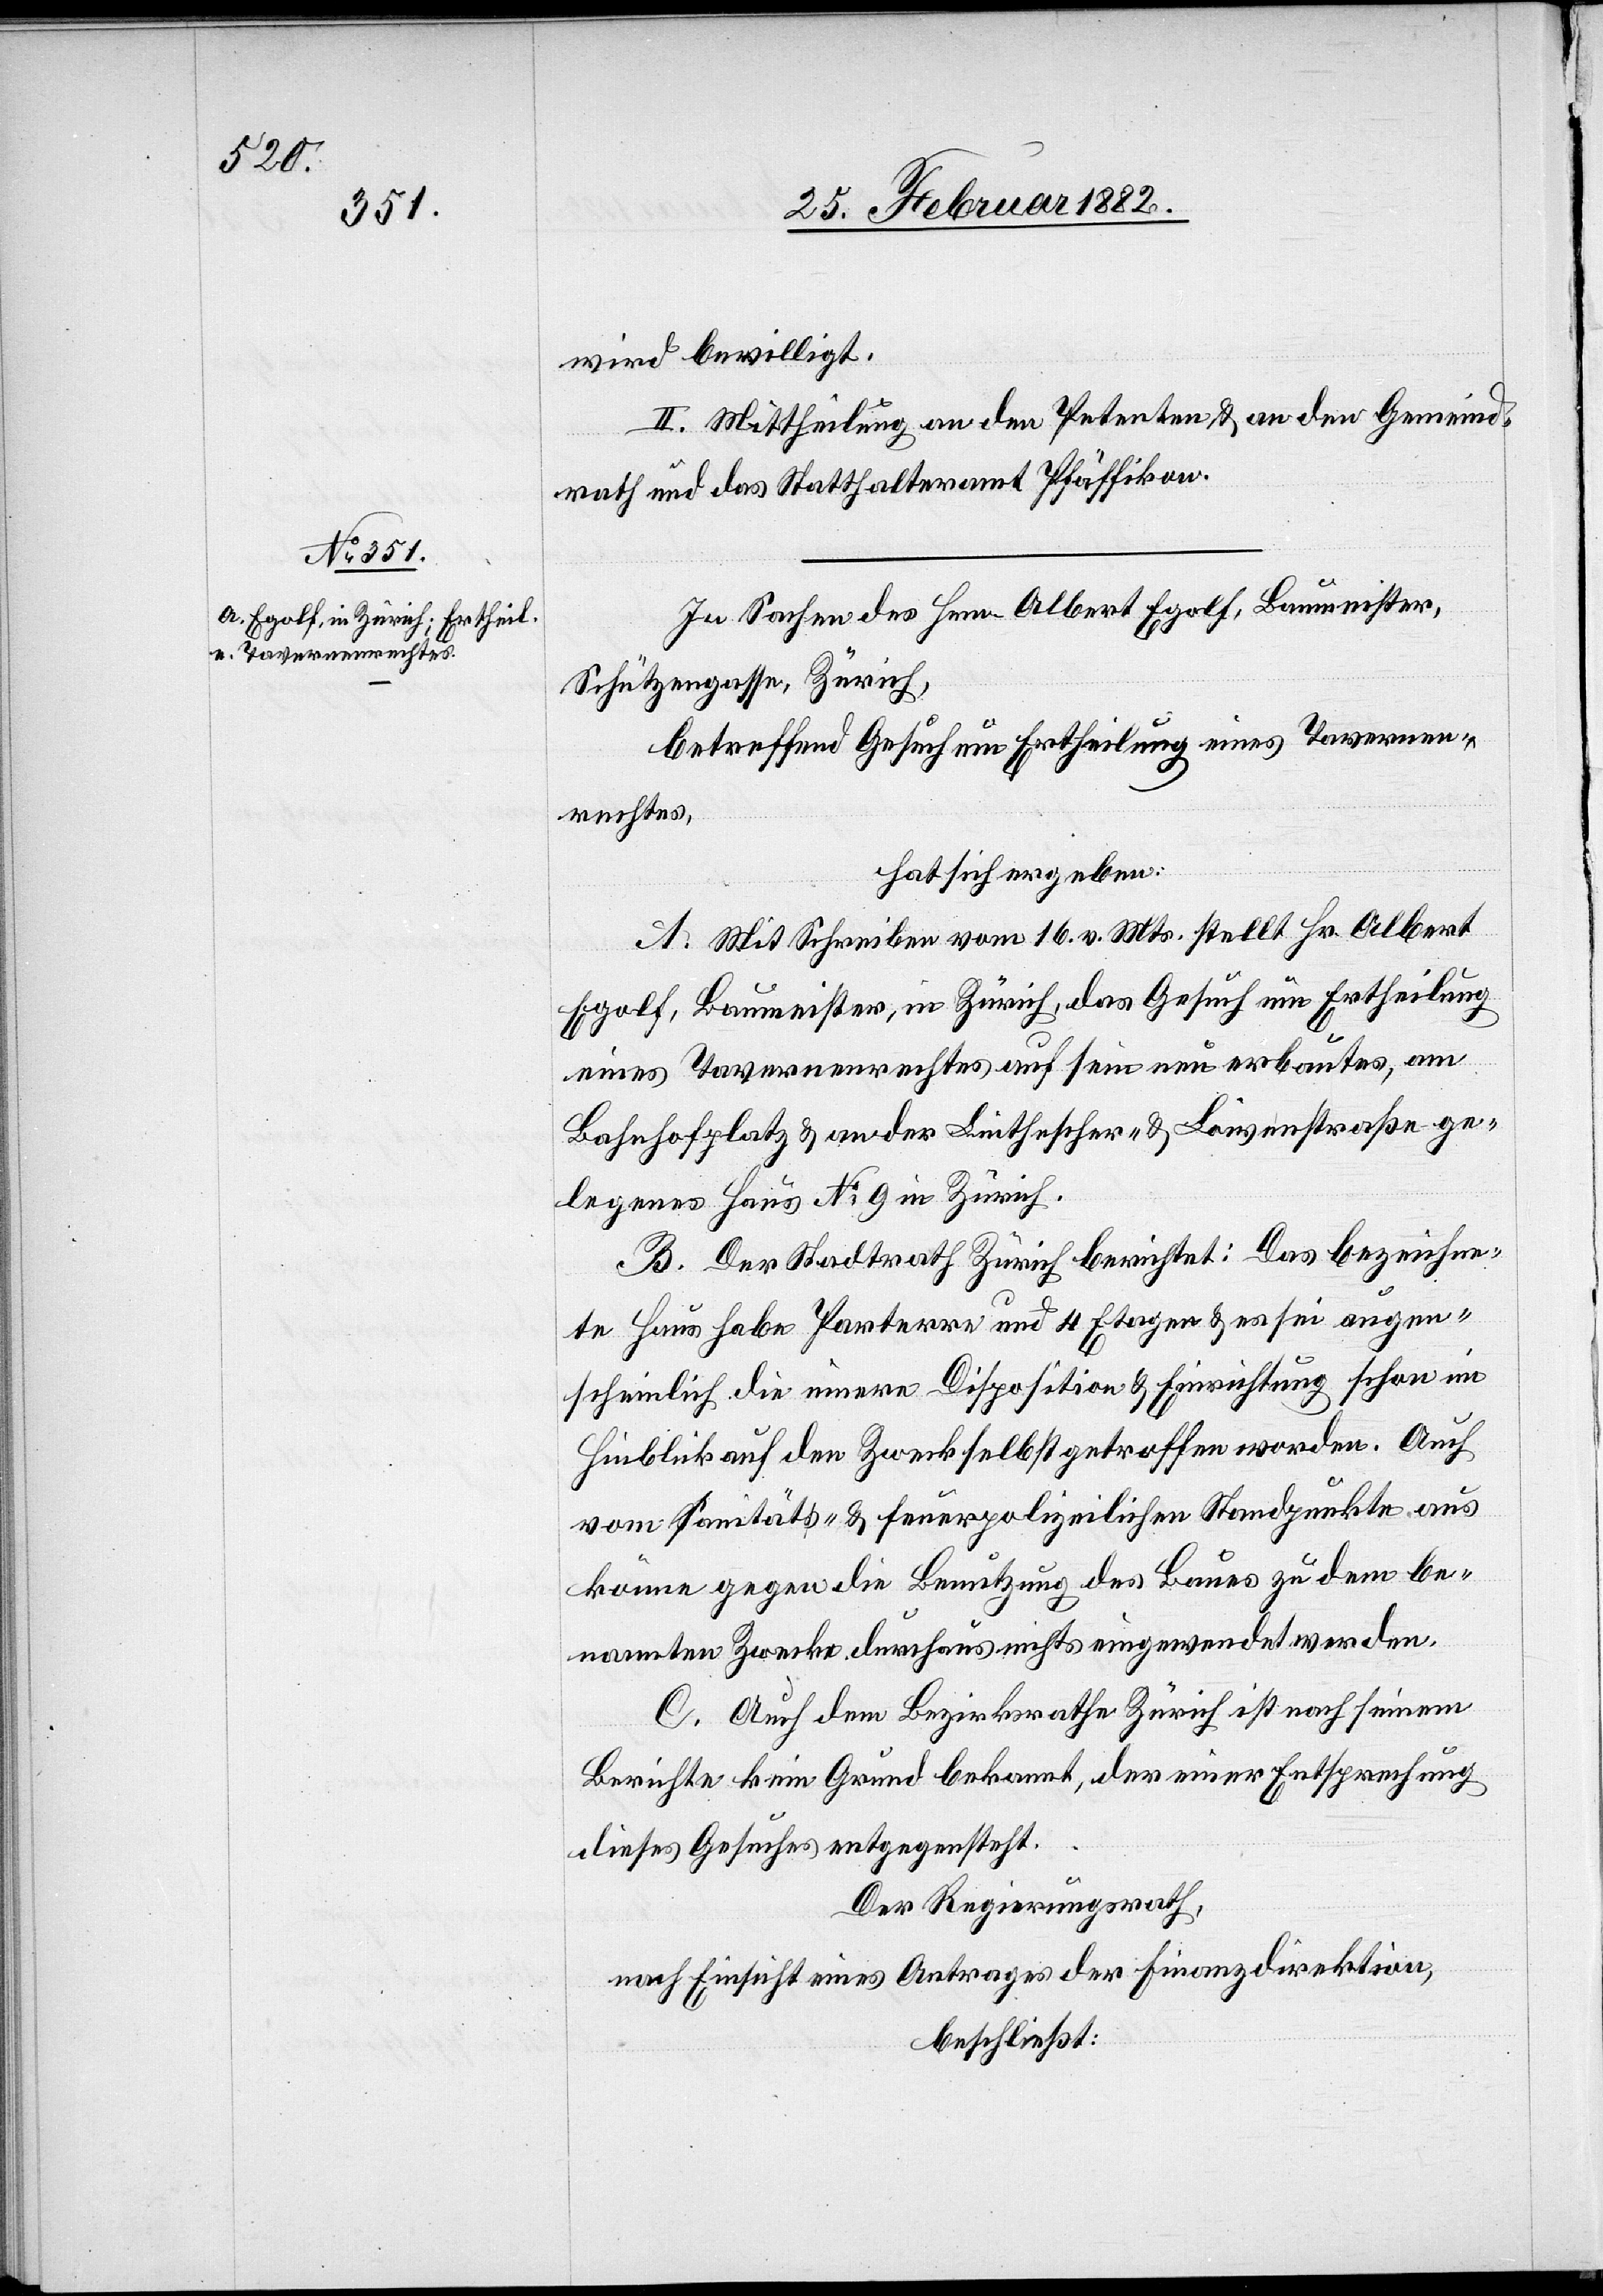
wird bewilligt.
II. Mittheilung an den Petenten & an den Gemeind¬
rath und das Statthalteramt Pfäffikon.
In Sachen des Hrn. Albert Eglof, Baumeister,
Schützengasse, Zürich,
betreffend Gesuch um Ertheilung eines Tavernen¬
rechtes,
hat sich ergeben:
A. Mit Schreiben vom 16. v. Mts. stellt Hr. Albert
Eglof, Baumeister, in Zürich, das Gesuch um Ertheilung
eines Tavernenrechtes auf sein neu erbautes, am
Bahnhofplatz & an der Linthescher- & Löwenstraße ge¬
legenes Haus No 9 in Zürich.
B. Der Stadtrath Zürich berichtet: Das bezeichne¬
te Haus habe Parterre und 4 Etagen & es sei augen¬
scheinlich die innere Disposition & Einrichtung schon im
Hinblick auf den Zweck selbst getroffen worden. Auch
vom Sanitäts- & Feuerpolizeilichen Standpunkte aus
könne gegen die Benutzung des Baues zu dem be¬
nannten Zwecke durchaus nicht eingewendet werden.
C. Auch dem Bezirksrathe Zürich ist nach seinem
Berichte kein Grund bekannt, der einer Entsprechung
dieses Gesuches entgegensteht.
Der Regierungsrath,
nach Einsicht eines Antrages der Finanzdirektion,
beschließt: